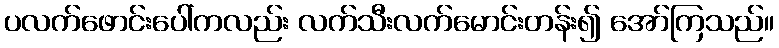
ပလက်ဖောင်းပေါ်ကလည်း လက်သီးလက်မောင်းတန်း၍ အော်ကြသည်။